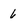
Character: 6